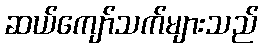
ဆယ်ကျော်သက်များသည်